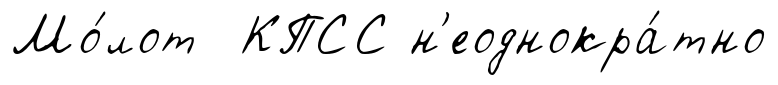
Мо́лот КПСС н'еоднокра́тно